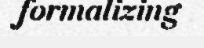
formalizing